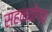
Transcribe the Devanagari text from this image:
सहनयोग्य